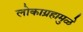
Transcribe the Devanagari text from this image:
लोकाग्रहामुळे